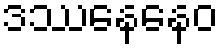
ဒဿနေနေဝ